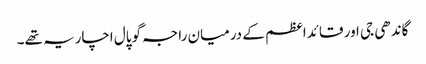
گاندھی جی اور قائداعظم کے درمیان راجہ گوپال اچاریہ تھے۔